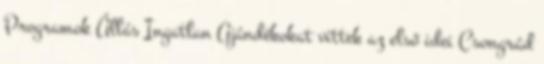
Programok Állás Ingatlan Ajándékokat vittek az első idei Csongrád